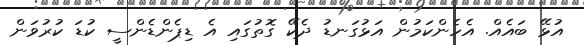
އުޅޭ ބައެއް. އެހެންކަމުން އަޅުގަނޑު ދެކޭ ގޮތުގައި އެ ޑިޕެންޑެންސީ ކުޑަ ކުރުވަން